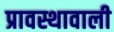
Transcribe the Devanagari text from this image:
प्रावस्थावाली